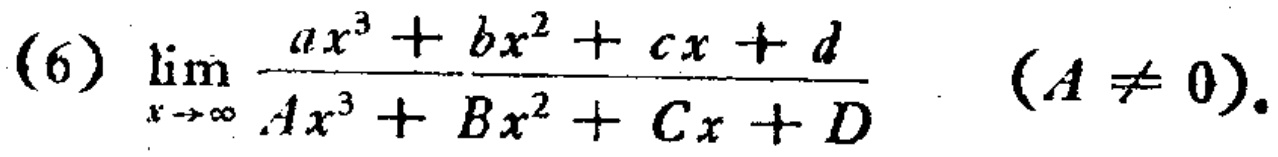
\(\lim_{x \to \infty} \frac{ax^{3}+bx^{2}+cx + d}{Ax^{3}+Bx^{2}+Cx + D}\) \((A \neq 0)\)